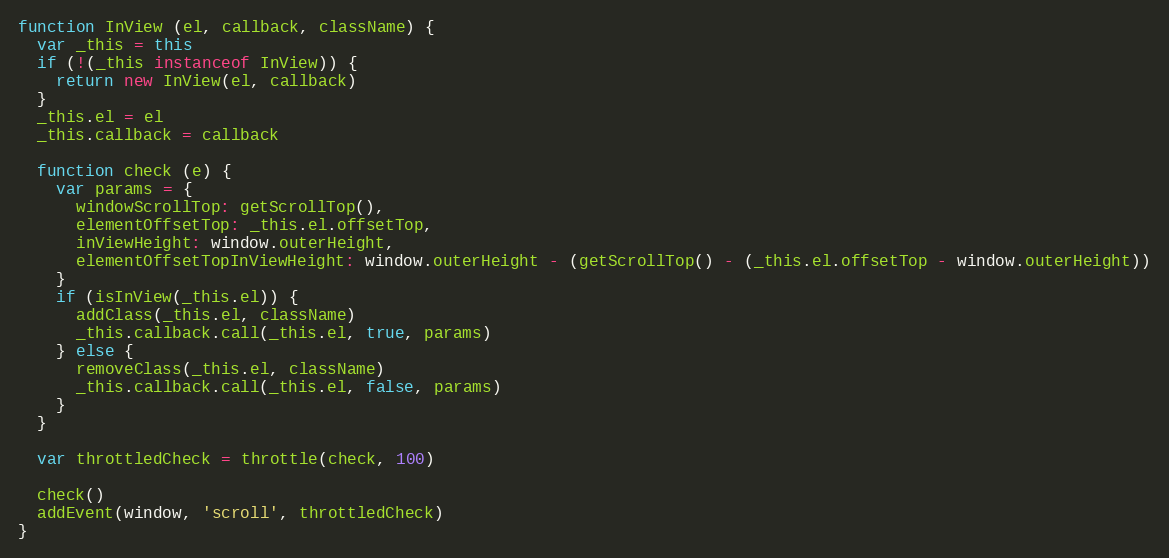
Language: JavaScript
function InView (el, callback, className) {
  var _this = this
  if (!(_this instanceof InView)) {
    return new InView(el, callback)
  }
  _this.el = el
  _this.callback = callback

  function check (e) {
    var params = {
      windowScrollTop: getScrollTop(),
      elementOffsetTop: _this.el.offsetTop,
      inViewHeight: window.outerHeight,
      elementOffsetTopInViewHeight: window.outerHeight - (getScrollTop() - (_this.el.offsetTop - window.outerHeight))
    }
    if (isInView(_this.el)) {
      addClass(_this.el, className)
      _this.callback.call(_this.el, true, params)
    } else {
      removeClass(_this.el, className)
      _this.callback.call(_this.el, false, params)
    }
  }

  var throttledCheck = throttle(check, 100)

  check()
  addEvent(window, 'scroll', throttledCheck)
}